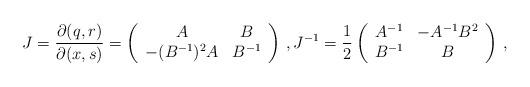
LaTeX: \begin{align*}J=\frac{\partial(q,r)}{\partial (x,s)}=\left(\begin{array}{cc}A &B \\-(B^{-1})^2A & B^{-1}\end{array}\right)\,,J^{-1}=\frac{1}{2}\left(\begin{array}{cc}A^{-1} &-A^{-1}B^2 \\B^{-1} & B\end{array}\right)\,,\end{align*}